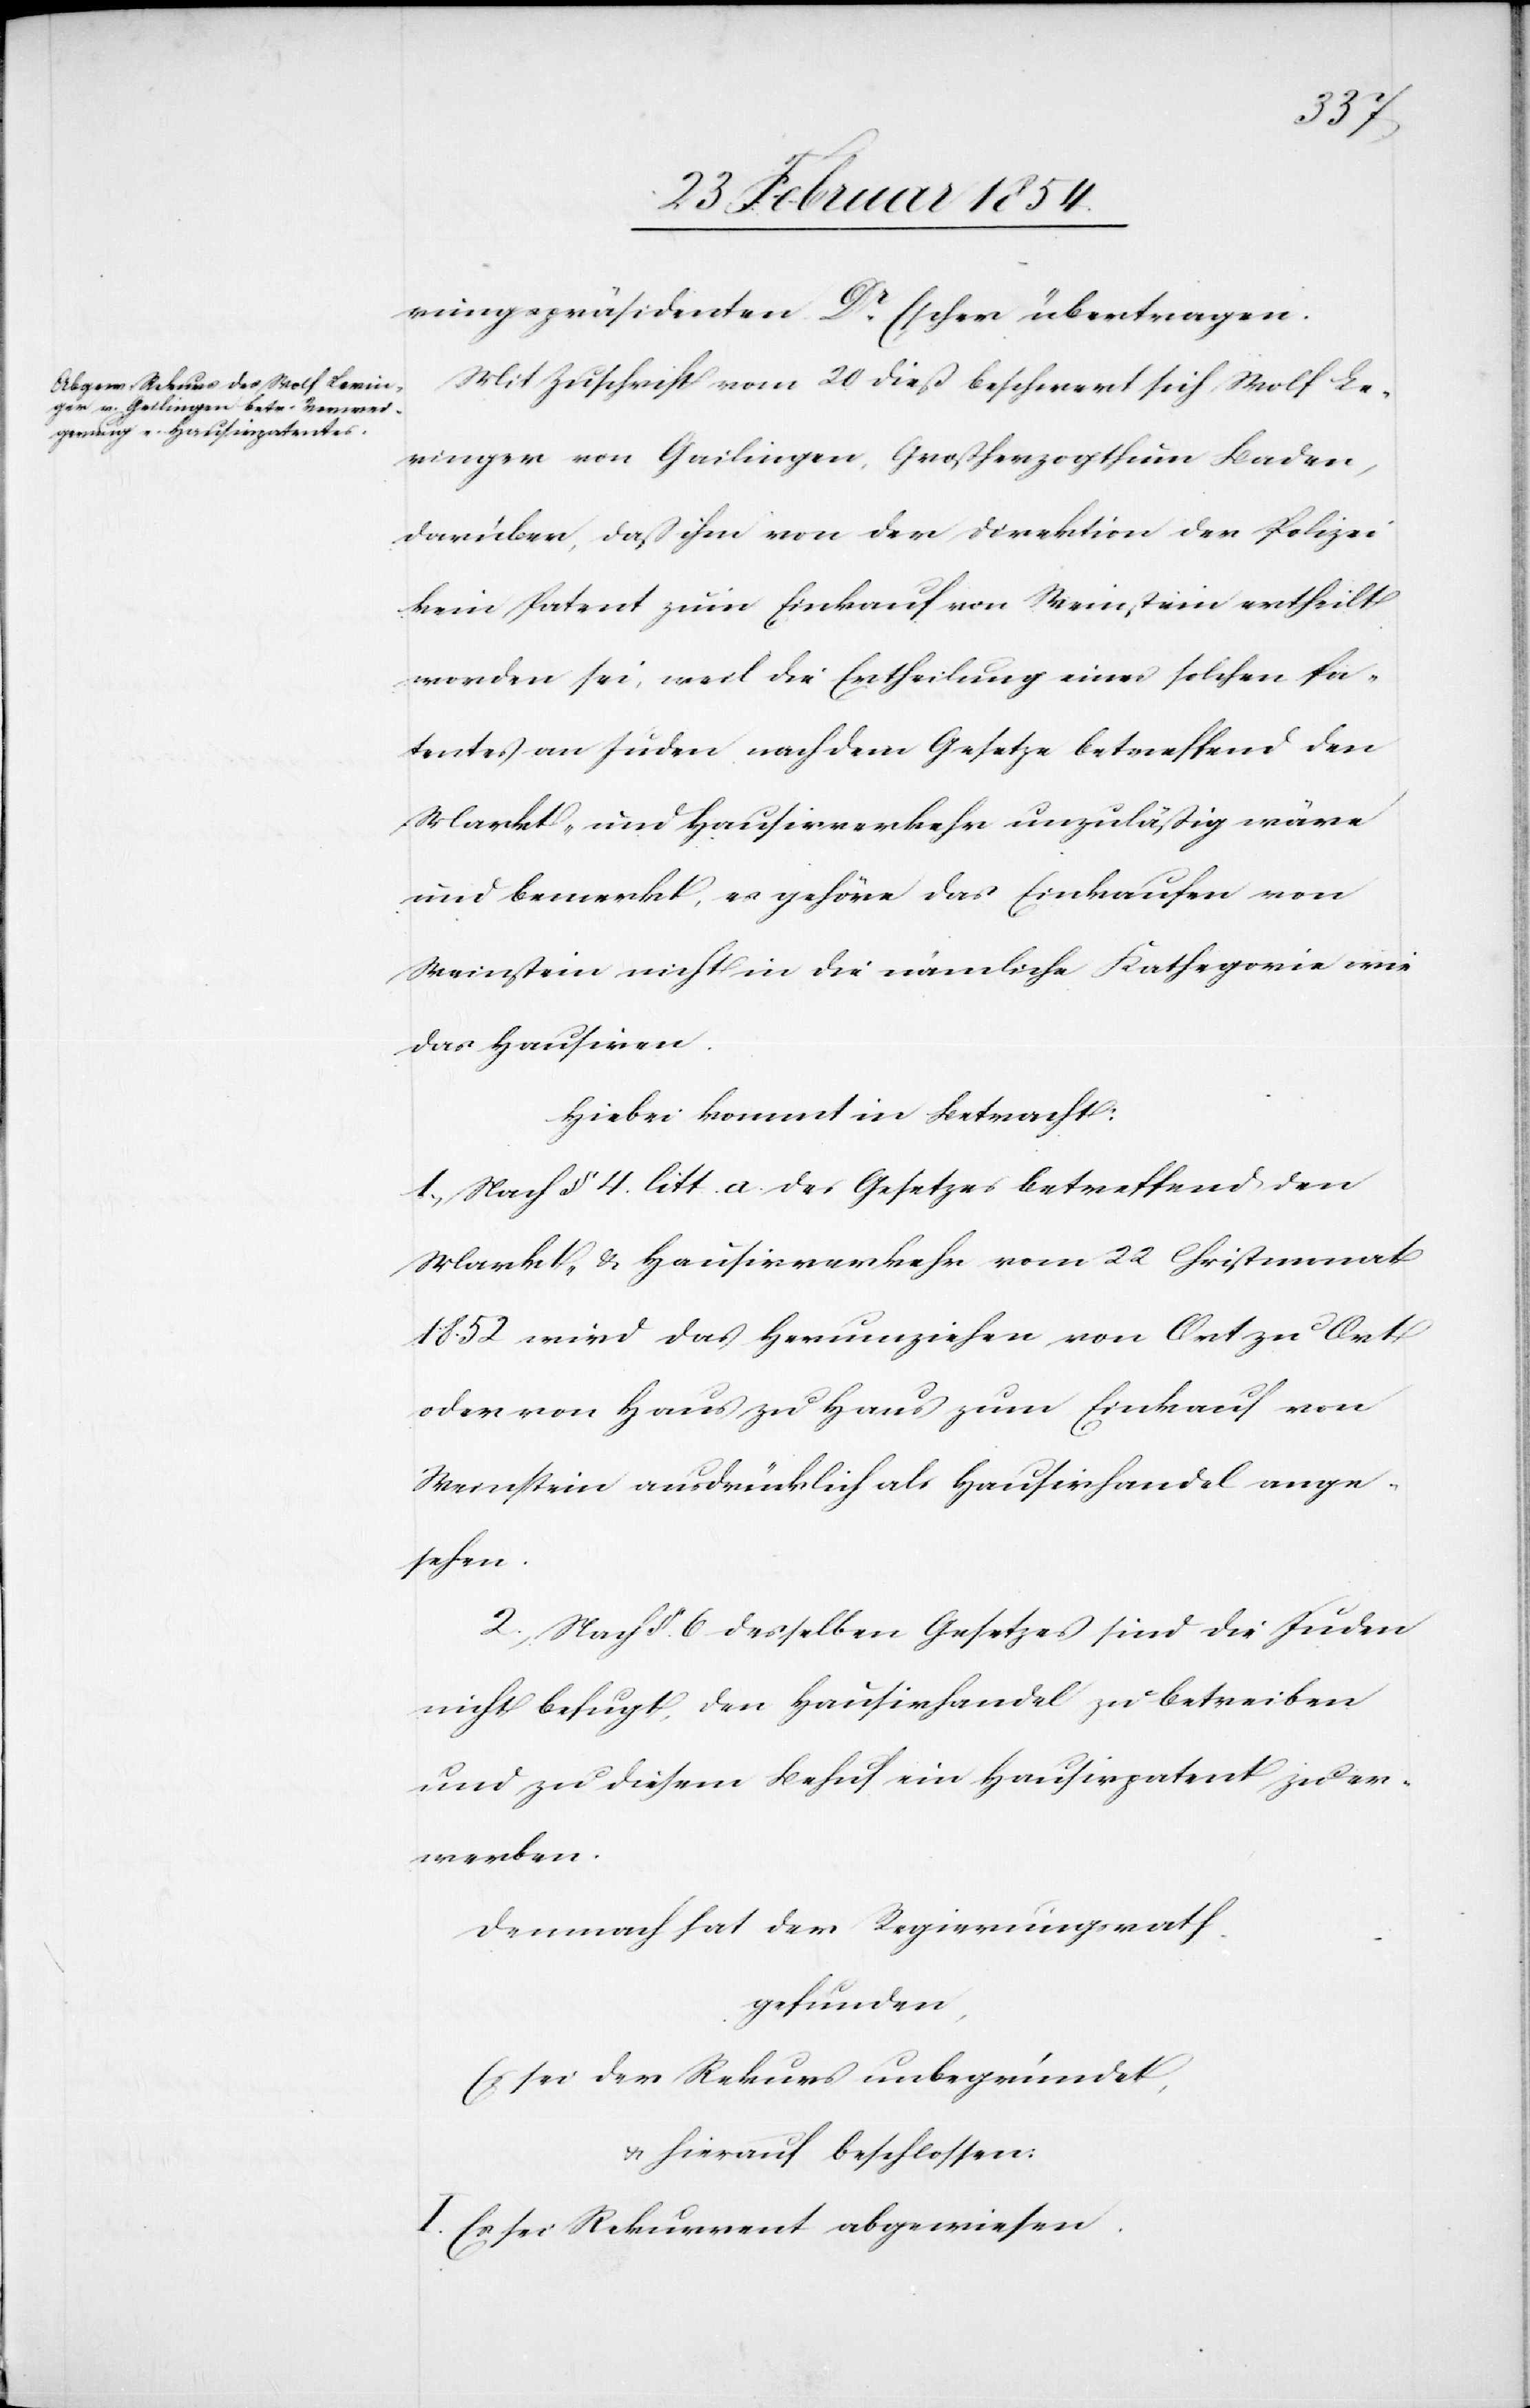
rungspräsidenten Dr Escher übertragen.
Mit Zuschrift vom 20 dieß beschwert sich Wolf Le¬
ringer von Gailingen, Großherzogthum Baden,
darüber, daß ihm von der Direktion der Polizei
kein Patent zum Einkauf von Weinstein ertheilt
worden sei, weil die Ertheilung eines solchen Pa¬
tentes an Juden nach dem Gesetzes betreffend den
Markt- und Hausirverkehr unzuläßig wäre
und bemerkt, es gehöre das Einkaufen von
Weinstein nicht in die nämliche Kathegorie wie
das Hausiren.
Hiebei kommt in Betracht:
1. Nacht § 4. litt. a des Gesetzes betreffend den
Markt- & Hausirverkehr vom 22 Christmonat
1852 wird das Herumziehen von Ort zu Ort
oder von Haus zu Haus zum Einkauf von
Weinstein ausdrücklich als Hausirhandel ange¬
sehen.
2. Nach §. 6 desselben Gesetzes sind die Juden
nicht befugt, den Hausirhandel zu betreiben
und zu diesem Behuf ein Hausirpatent zu er¬
werben.
Demnach hat der Regierungsrath,
gefunden,
Es sei der Rekurs unbegründet,
u. hierauf beschlossen:
I. Es sei Rekurrent abgewiesen.